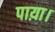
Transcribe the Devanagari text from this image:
पाय़ा।